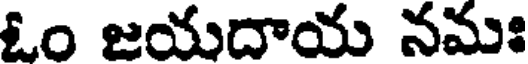
ఓం జయదాయ నమః